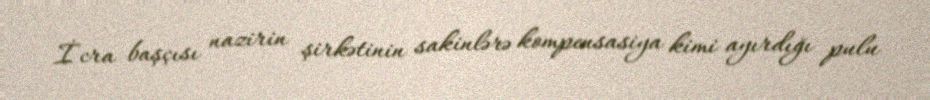
İcra başçısı nazirin şirkətinin sakinlərə kompensasiya kimi ayırdığı pulu